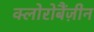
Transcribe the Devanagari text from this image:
क्लोरोबैंज़ीन